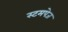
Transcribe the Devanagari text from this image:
स्टमपेज